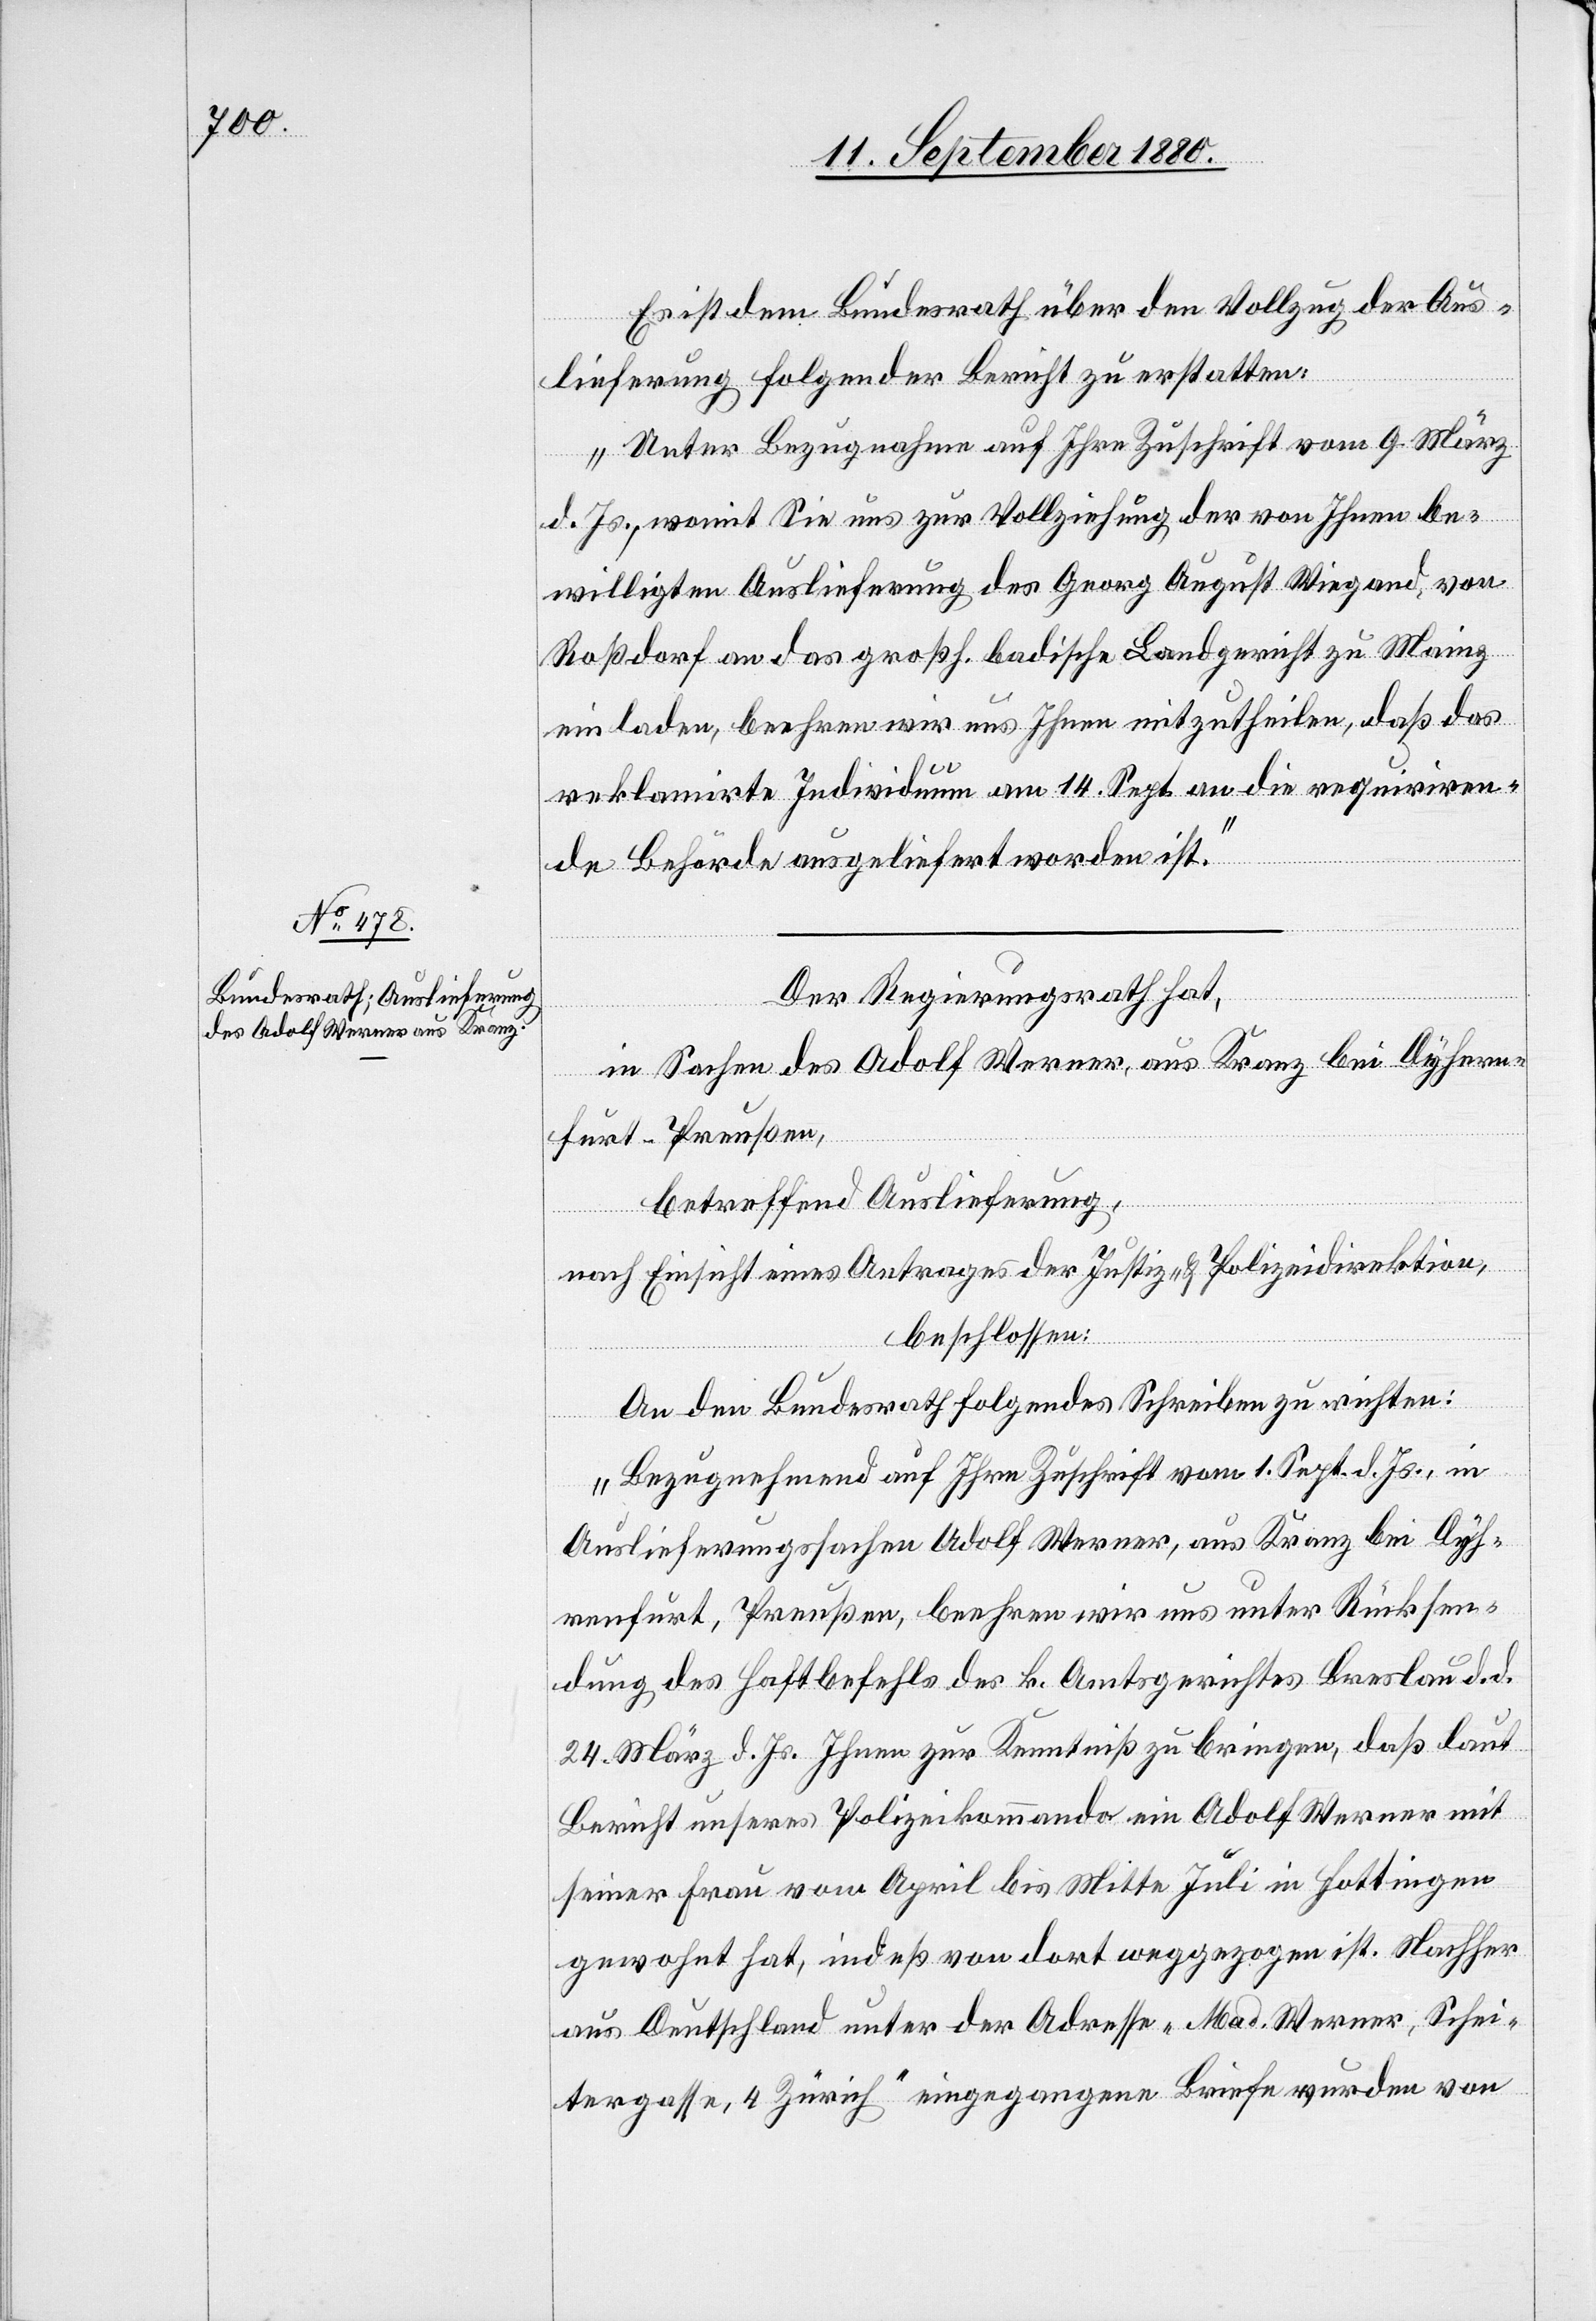
15. September 1880.]
Es ist dem Bundesrath über den Vollzug der Aus¬
lieferung folgender Bericht zu erstatten:
„Unter Bezugnahme auf Ihre Zuschrift vom 9. März
d. Js., womit Sie uns zur Vollziehung der von Ihnen be¬
willigten Auslieferung des Georg August Wiegand, von
Roßdorf an das großh. badische Landgericht zu Mainz
einladen, beehren wir uns Ihnen mitzutheilen, daß das
reklamirte Individuum am 14. Sept. an die requiriren¬
de Behörde ausgeliefert worden ist.“
Der Regierungsrath hat,
in Sachen des Adolf Werner, aus Kranz bei Dyhern¬
furt - Preußen,
betreffend Auslieferung,
nach Einsicht eines Antrages der Justiz- & Polizeidirektion,
beschlossen:
An den Bundesrath folgendes Schreiben zu richten:
„Bezugnehmend auf Ihre Zuschrift vom 1. Sept. d. Js., in
Auslieferungssachen Adolf Werner, aus Kranz bei Dyh¬
ernfurt, Preußen, beehren wir uns unter Rücksen¬
dung des Haftbefehls des k. Amtsgerichtes Breslau d. d.
24. März d. Js. Ihnen zur Kenntniß zu bringen, daß laut
Bericht unseres Polizeikommando ein Adolf Werner mit
seiner Frau von April bis Mitte Juli in Hottingen
gewohnt hat, indeß von dort wegezogen ist. Nachher
aus Deutschland unter der Adresse „Mad. Werner, Schei¬
tergasse, 4 Zürich“ eingegangenen Briefe wurden von